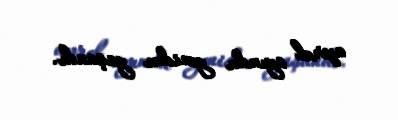
aprel ayında yenidən yaşandı.